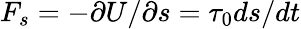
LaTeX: F_{s}=-\partial U/\partial s=\tau_{0}ds/dt